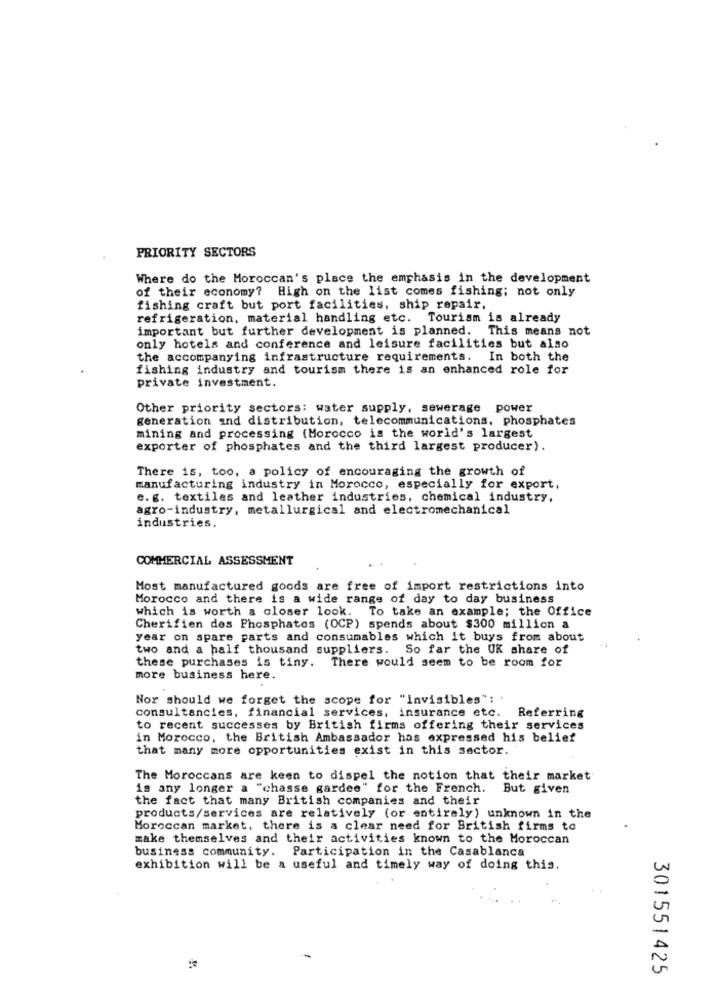
PRIORITY SECTORS
Where do the Moroccan's place the emphasis in the development
of their economy? High on the list comes fishing; not only
fishing craft but port facilities, ship repair,
refrigeration, material handling etc. Tourism is already
important but further development is planned. This means not
only hotels and conference and leisure facilities but also
the accompanying infrastructure requirements. In both the
fishing industry and tourism there is an enhanced role for
private investment.
Other priority sectors: water supply, sewerage power
generation and distribution, telecommunications, phosphates
mining and processing (Morocco is the world's largest
exporter of phosphates and the third largest producer).
There is, too, a policy of encouraging the growth of
manufacturing industry in Morocco, especially for export,
e. g. textiles and leather industries, chemical industry,
agro-industry, metallurgical and electromechanical
industries.
COMMERCIAL ASSESSMENT
Most manufactured goods are free of import restrictions into
Morocco and there is a wide range of day to day business
which is worth a closer look. To take an example; the Office
Cherifien des Phosphates (OCP) spends about $300 million a
year on spare parts and consumables which it buys from about
two and a half thousand suppliers. So far the UK share of
these purchases is tiny. There would seem to be room for
more business here.
Nor should we forget the scope for "Invisibles": "
consultancies, financial services, insurance etc.
Referring
to recent successes by British firms offering their services
in Morocco, the British Ambassador has expressed his belief
that many more opportunities exist in this sector.
The Moroccans are keen to dispel the notion that their market
is any longer a "chasse gardee" for the French.
But given
the fact that many British companies and their
products/services are relatively (or entirely) unknown in the
Moroccan market, there is a clear need for British firms to
make themselves and their activities known to the Moroccan
business community. Participation in the Casablanca
exhibition will be a useful and timely way of doing this.
301551425